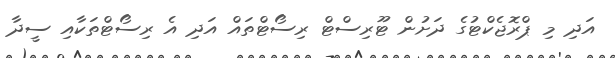
އަދި މި ޕްރޮޖެކްޓުގެ ދަށުން ޓޫރިސްޓް ރިސޯޓްތައް އަދި އެ ރިސޯޓްތަކާއި ސީދާ